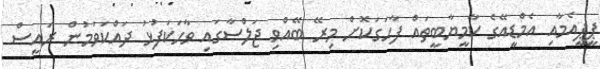
ޕީޕީއެމާއި އެމްޑީއޭގެ ކާމީޔާބީތައް ފާހަގަކޮށް މިރޭ ބޭއްވި ޖަލްސާގައި ވާހަކަފުޅު ދައްކަވަމުން ރައީސް